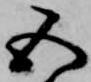
五